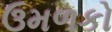
ઉમળકો